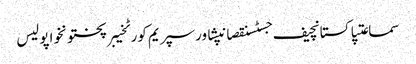
سماعتپاکستانچیف جسٹسنقصانپشاورسپریم کورٹخیبرپختونخواپولیس